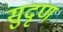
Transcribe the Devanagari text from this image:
सुदृण